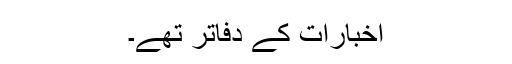
اخبارات کے دفاتر تھے۔